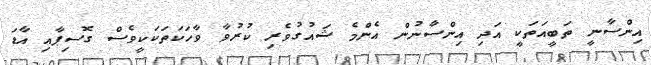
އިންސާނީ ތަބީއަތަކީ އަދި އިންސާނުން އެންމެ ޝައުގުވެރި ކުރުވާ ވާހަކަތަކަކީވެސް ގޮސިޕާއި އާޑަ